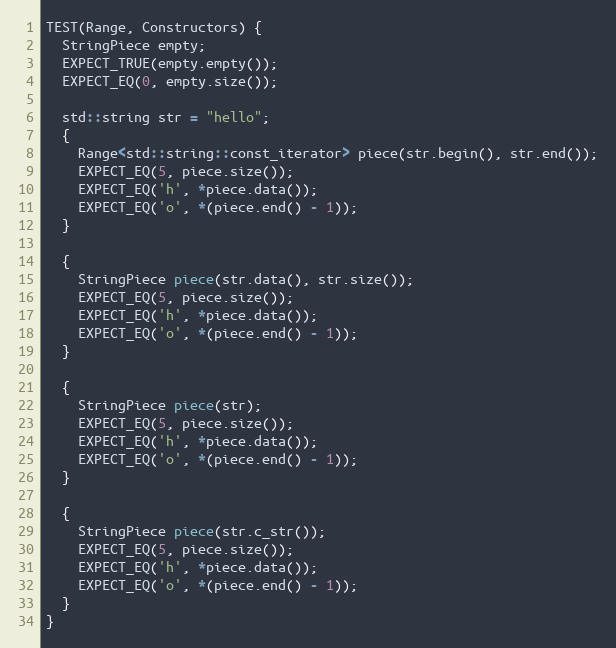
Language: C++
TEST(Range, Constructors) {
  StringPiece empty;
  EXPECT_TRUE(empty.empty());
  EXPECT_EQ(0, empty.size());

  std::string str = "hello";
  {
    Range<std::string::const_iterator> piece(str.begin(), str.end());
    EXPECT_EQ(5, piece.size());
    EXPECT_EQ('h', *piece.data());
    EXPECT_EQ('o', *(piece.end() - 1));
  }

  {
    StringPiece piece(str.data(), str.size());
    EXPECT_EQ(5, piece.size());
    EXPECT_EQ('h', *piece.data());
    EXPECT_EQ('o', *(piece.end() - 1));
  }

  {
    StringPiece piece(str);
    EXPECT_EQ(5, piece.size());
    EXPECT_EQ('h', *piece.data());
    EXPECT_EQ('o', *(piece.end() - 1));
  }

  {
    StringPiece piece(str.c_str());
    EXPECT_EQ(5, piece.size());
    EXPECT_EQ('h', *piece.data());
    EXPECT_EQ('o', *(piece.end() - 1));
  }
}